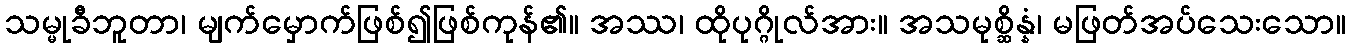
သမ္မုခီဘူတာ၊ မျက်မှောက်ဖြစ်၍ဖြစ်ကုန်၏။ အဿ၊ ထိုပုဂ္ဂိုလ်အား။ အသမုစ္ဆိန္နံ၊ မဖြတ်အပ်သေးသော။